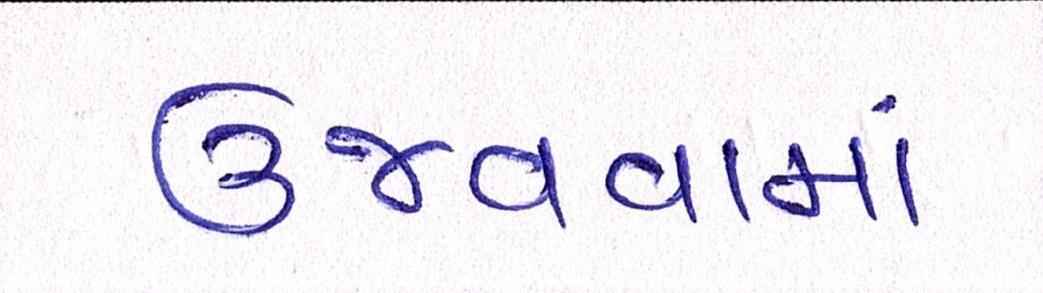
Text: ઉજવવામાં